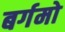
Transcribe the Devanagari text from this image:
बर्गमो